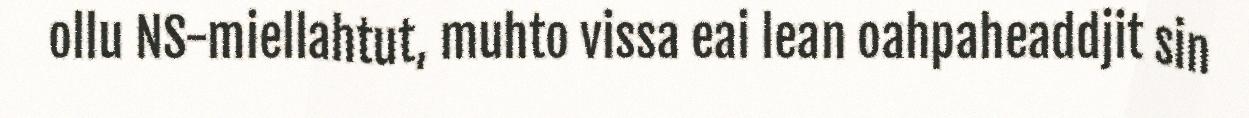
ollu NS-miellahtut, muhto vissa eai lean oahpaheaddjit sin